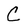
Character: C